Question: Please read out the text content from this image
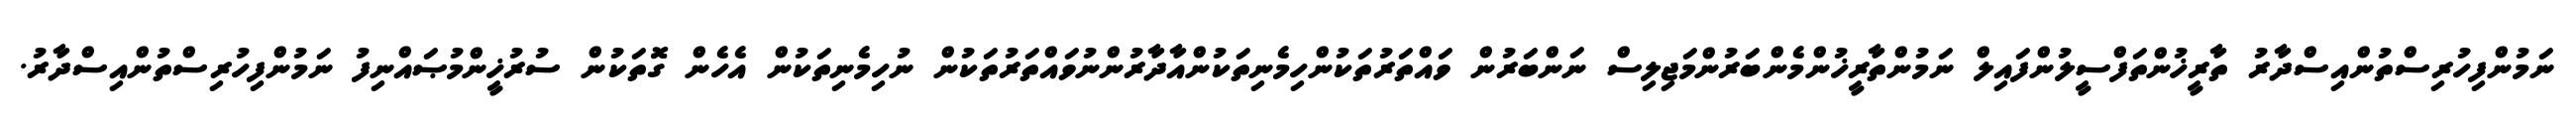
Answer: ނަމުންފިހުރިސްތުންއިސްދާރު ތާރީޚުންތަފްސީލުންފައިލް ނަމުންތާރީޚުންމެންބަރުންމަޖިލިސް ނަންބަރުން ވައްތަރުތަކުންހިމެނިތަކުންއާދާރުންނުވައްތަރުތަކުން ނުހިމެނިތަކުން އެހެން ގޮތަކުން ސުރުޚީންމުޞައްނިފު ނަމުންފިހުރިސްތުންއިސްދާރު.